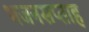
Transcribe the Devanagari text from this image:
भजनसप्ताह